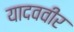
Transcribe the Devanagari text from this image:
यादववीर